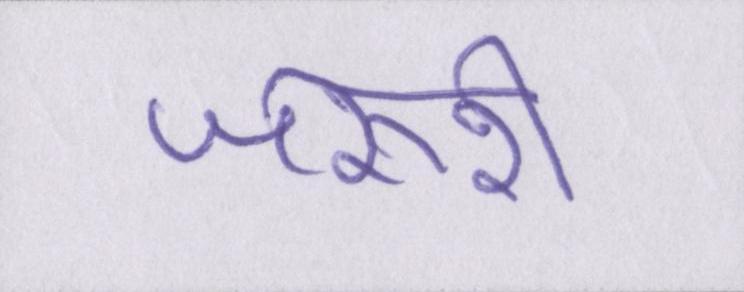
जरूरी